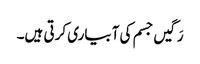
رَگیں جسم کی آبیاری کرتی ہیں۔